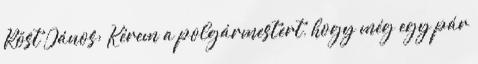
Röst János: Kérem a polgármestert, hogy még egy pár